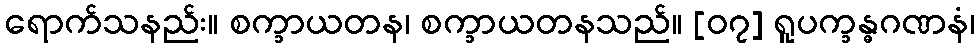
ရောက်သနည်း။ စက္ခာယတန၊ စက္ခာယတနသည်။ [၀၇] ရူပက္ခန္ဓဂဏနံ၊